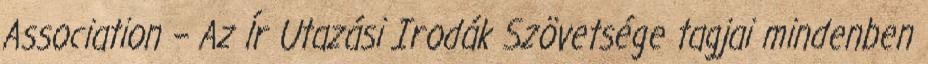
Association – Az Ír Utazási Irodák Szövetsége tagjai mindenben